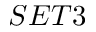
S E T 3